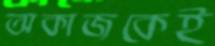
অকাজকেই